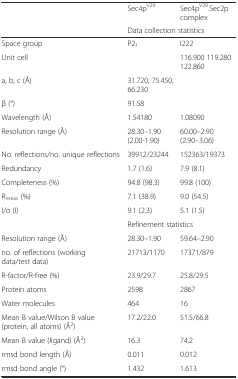
<table><thead><tr><td rowspan="2"></td><td><b>Sec4p<sup>V29</sup></b></td><td><b>Sec4p<sup>V29</sup>.Sec2p complex</b></td></tr><tr><td colspan="2"><b>Data collection statistics</b></td></tr></thead><tbody><tr><td>Space group</td><td>P2<sub>1</sub></td><td>I222</td></tr><tr><td>Unit cell</td><td></td><td>116.900 119.280 122.860</td></tr><tr><td>a, b, c (Å)</td><td>31.720, 75.450, 66.230</td><td></td></tr><tr><td>β (°)</td><td>91.58</td><td></td></tr><tr><td>Wavelength (Å)</td><td>1.54180</td><td>1.08090</td></tr><tr><td>Resolution range (Å)</td><td>28.30–1.90 (2.00-1.90)</td><td>60.00–2.90 (2.90–3.06)</td></tr><tr><td>No. reflections/no. unique reflections</td><td>39912/23244</td><td>152363/19373</td></tr><tr><td>Redundancy</td><td>1.7 (1.6)</td><td>7.9 (8.1)</td></tr><tr><td>Completeness (%)</td><td>94.8 (98.3)</td><td>99.8 (100)</td></tr><tr><td>R<sub>meas</sub> (%)</td><td>7.1 (38.9)</td><td>9.0 (54.5)</td></tr><tr><td>I/σ (I)</td><td>9.1 (2.3)</td><td>5.1 (1.5)</td></tr><tr><td></td><td colspan="2">Refinement statistics</td></tr><tr><td>Resolution range (Å)</td><td>28.30–1.90</td><td>59.64–2.90</td></tr><tr><td>no. of reflections (working data/test data)</td><td>21713/1170</td><td>17371/879</td></tr><tr><td>R-factor/R-free (%)</td><td>23.9/29.7</td><td>25.8/29.5</td></tr><tr><td>Protein atoms</td><td>2598</td><td>2867</td></tr><tr><td>Water molecules</td><td>464</td><td>16</td></tr><tr><td>Mean B value/Wilson B value (protein, all atoms) (Å<sup>2</sup>)</td><td>17.2/22.0</td><td>51.5/66.8</td></tr><tr><td>Mean B value (ligand) (Å<sup>2</sup>)</td><td>16.3</td><td>74.2</td></tr><tr><td>rmsd bond length (Å)</td><td>0.011</td><td>0.012</td></tr><tr><td>rmsd bond angle (°)</td><td>1.432</td><td>1.613</td></tr></tbody></table>